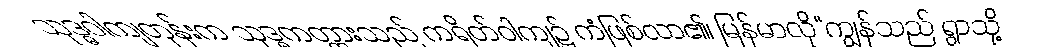
သုဒ္ဓဝါကျတုန်းက သုဒ္ဓကတ္တားသည် ကရိတ်ဝါကျ၌ ကံဖြစ်လာ၏၊ မြန်မာလို“ကျွန်သည် ရွာသို့